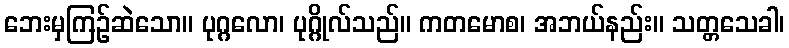
ဘေးမှကြဉ်ဆဲသော။ ပုဂ္ဂလော၊ ပုဂ္ဂိုလ်သည်။ ကတမောစ၊ အဘယ်နည်း။ သတ္တသေခါ၊